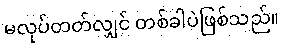
မလုပ်တတ်လျှင် တစ်ခါပဲဖြစ်သည်။